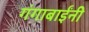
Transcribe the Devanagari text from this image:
गंगाबाईंनी